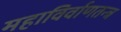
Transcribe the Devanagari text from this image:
महाविर्वाणतन्त्र